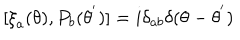
[ { \xi } _ { a } ( \theta ) , P _ { b } ( { \theta } ^ { ' } ) ] = i { \delta } _ { a b } { \delta } ( \theta - { \theta } ^ { ' } )